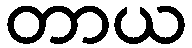
တာယ